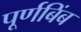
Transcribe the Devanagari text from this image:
पूर्णबिंब